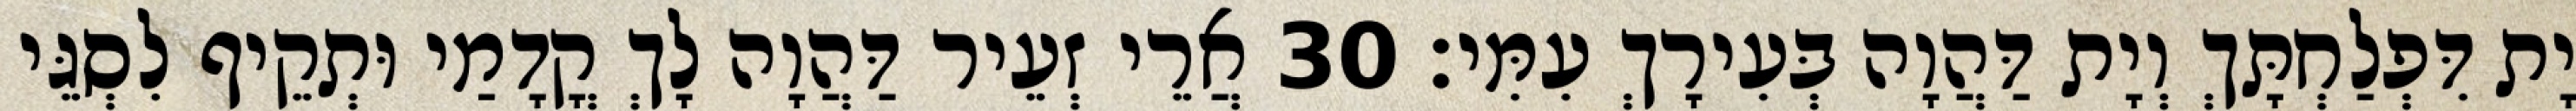
יָת דִּפְלַחְתָּךְ וְיָת דַּהֲוָה בְּעִירָךְ עִמִּי׃ 30 אֲרֵי זְעֵיר דַּהֲוָה לָךְ קֳדָמַי וּתְקֵיף לִסְגֵּי